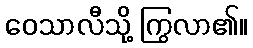
ဝေသာလီသို့ ကြွလာ၏။